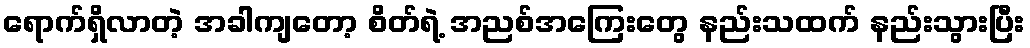
ရောက်ရှိလာတဲ့ အခါကျတော့ စိတ်ရဲ့ အညစ်အကြေးတွေ နည်းသထက် နည်းသွားပြီး